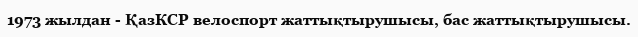
1973 жылдан - ҚазКСР велоспорт жаттықтырушысы, бас жаттықтырушысы.